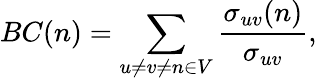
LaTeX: BC(n)=\sum_{u\neq v\neq n\in V}\frac{\sigma_{uv}(n)}{\sigma_{uv}},